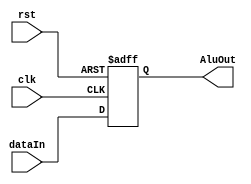
module ALUOut(input clk, rst, input [7:0] dataIn, output reg [7:0] AluOut);
  always@(posedge clk, posedge rst) begin
    if(rst)
      AluOut <= 8'b0;
    else if(clk)
      AluOut <= dataIn;
  end
endmodule